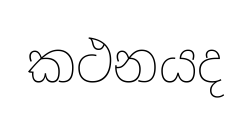
කථනයද